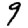
Digit: 9